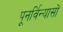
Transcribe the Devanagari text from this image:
पूनर्विन्यासों